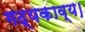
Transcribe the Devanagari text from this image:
गद्यकाव्य।